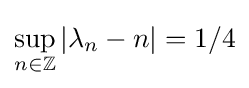
\sup _{n\in \mathbb {Z} }|\lambda _{n}-n|=1/4